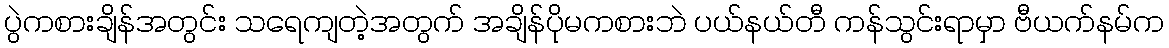
ပွဲကစားချိန်အတွင်း သရေကျတဲ့အတွက် အချိန်ပိုမကစားဘဲ ပယ်နယ်တီ ကန်သွင်းရာမှာ ဗီယက်နမ်က